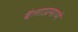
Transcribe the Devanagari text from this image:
बैलाप्रमाणे